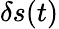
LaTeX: \delta s(t)